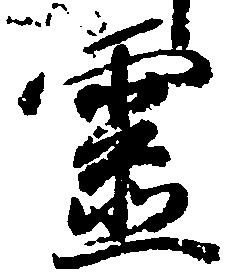
霊